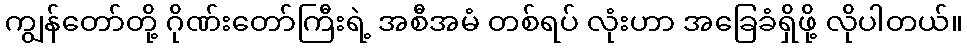
ကျွန်တော်တို့ ဂိုဏ်းတော်ကြီးရဲ့ အစီအမံ တစ်ရပ် လုံးဟာ အခြေခံရှိဖို့ လိုပါတယ်။